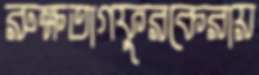
রুক্ষতাগফুরকেরায়